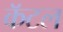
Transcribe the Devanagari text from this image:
कॅटल